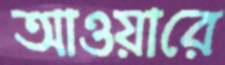
আওয়ারে